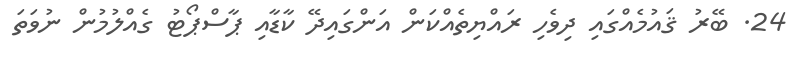
24. ބޭރު ޤައުމެއްގައި ދިވެހި ރައްޔިތެއްކަން އަންގައިދޭ ކާޑާއި ޕާސްޕޯޓު ގެއްލުމުން ނުވަތަ